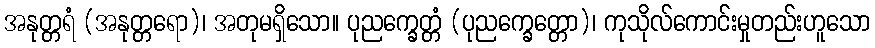
အနုတ္တရံ (အနုတ္တရော)၊ အတုမရှိသော။ ပုညက္ခေတ္တံ (ပုညက္ခေတ္တော)၊ ကုသိုလ်ကောင်းမှုတည်းဟူသော